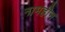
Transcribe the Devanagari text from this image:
नामहीन